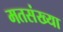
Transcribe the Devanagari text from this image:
मतसंख्या